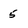
Character: 5